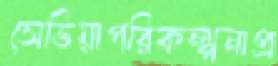
সেভিয়াপরিকল্পনাপ্র